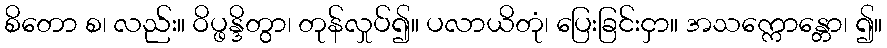
စိတော စ၊ လည်း။ ဝိပ္ဖန္ဒိတွာ၊ တုန်လှုပ်၍။ ပလာယိတုံ၊ ပြေးခြင်းငှာ။ အသက္ကောန္တော၊ ၍။